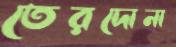
তেরদোনা